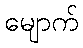
မျောက်